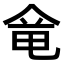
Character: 𠊋